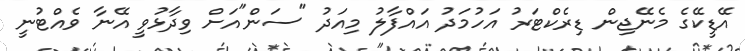
އޭޑީކޭގެ މެނޭޖިން ޑިރެކްޓަރު އަހުމަދު އައްފާލު މިއަދު "ސަން"އަށް ވިދާޅުވީ އޭނާ ވެއްޓުނީ